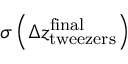
\sigma \left( \Delta z _ { \mathrm { t w e e z e r s } } ^ { \mathrm { f i n a l } } \right)